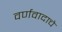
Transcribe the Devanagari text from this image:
वर्णवादाचे